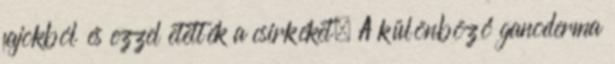
fajokból és ezzel etették a csirkéket. A különböző ganoderma